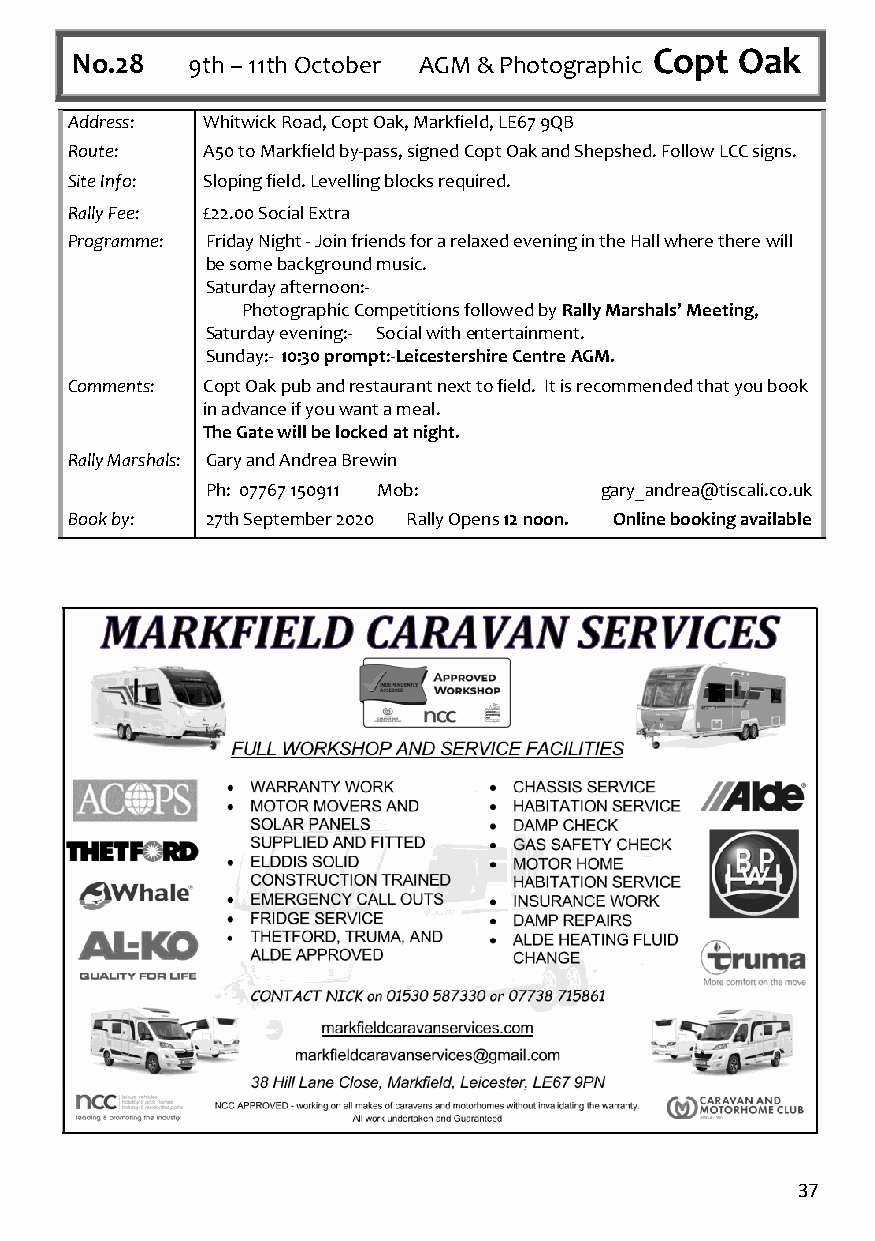
No.28  9th – 11th October AGM & Photographic Copt Oak
 Address: Whitwick Road, Copt Oak, Markfield, LE67 9QB
 Route:   A50 to Markfield by-pass, signed Copt Oak and Shepshed. Follow LCC signs.
 Site Info: Sloping field. Levelling blocks required.
 Rally Fee: £22.00 Social Extra
 Programme: Friday Night - Join friends for a relaxed evening in the Hall where there will
 be some background music.
 Saturday afternoon:-
 Photographic Competitions followed by Rally Marshals’ Meeting,
 Saturday evening:- Social with entertainment.
 Sunday:- 10:30 prompt:-Leicestershire Centre AGM.
 Comments: Copt Oak pub and restaurant next to field. It is recommended that you book
 in advance if you want a meal.
 The Gate will be locked at night.
 Rally Marshals: Gary and Andrea Brewin
 Ph: 07767 150911 Mob:     gary_andrea@tiscali.co.uk
 Book by:  27th September 2020 Rally Opens 12 noon. Online booking available
 37